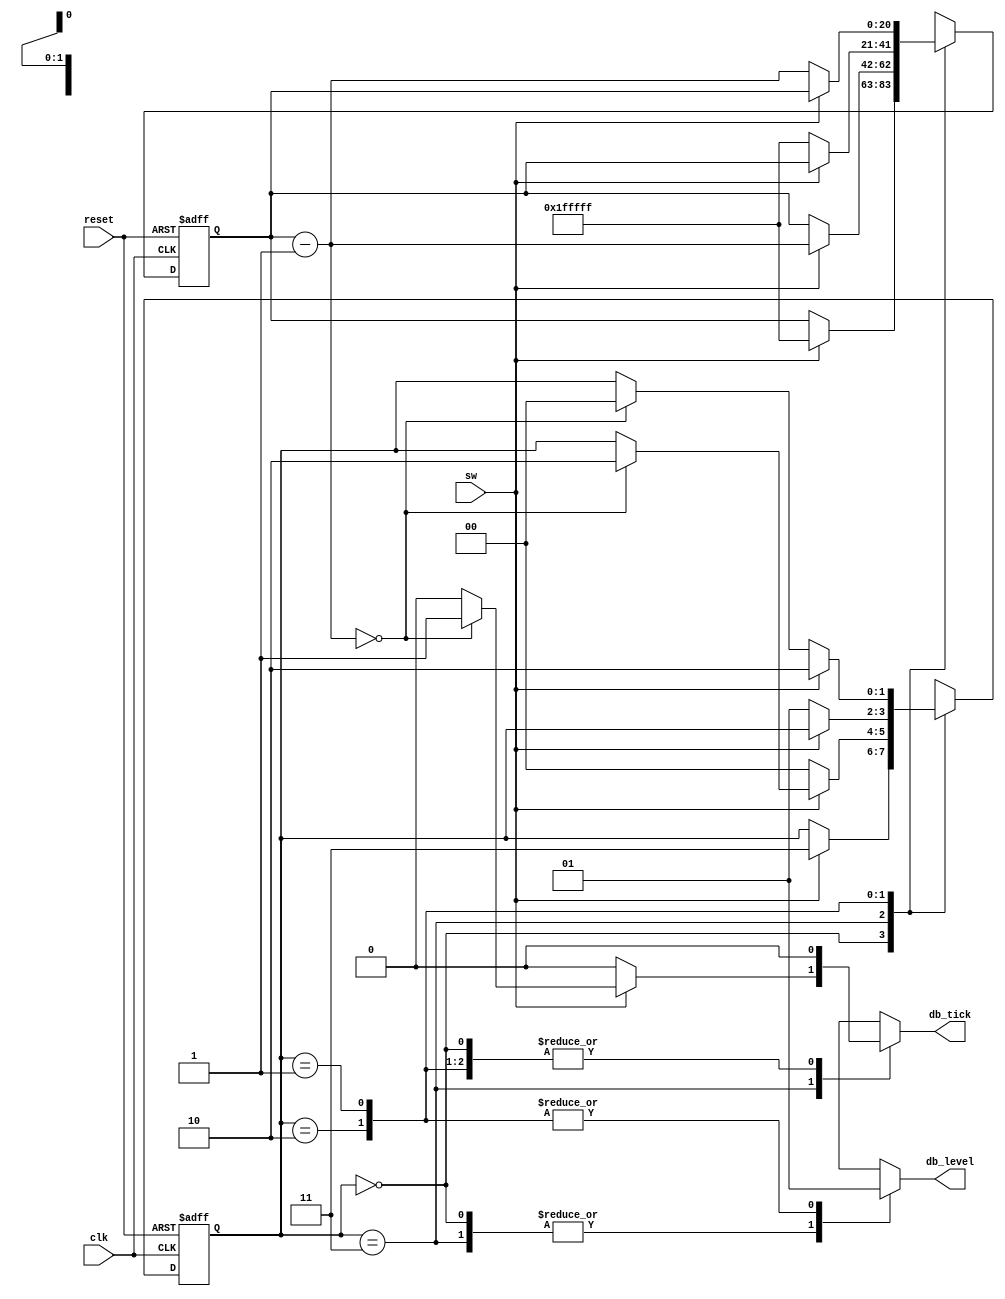
// Created by Jeevaka Dassanayake on 5/27/18.
//   Copyright (c) 2018 Jeevaka Dassanayake.

// Listing 4.21
module Debounce( input wire clk, reset, input wire sw, output reg db_level, db_tick );

   // symbolic state declaration
   localparam  [1:0]
               zero  = 2'b00,
               wait0 = 2'b01,
               one   = 2'b10,
               wait1 = 2'b11;

   // number of counter bits (2^N * 20ns = 40ms)
   localparam N=21;

   // signal declaration
   reg [N-1:0] q_reg, q_next;
   reg [1:0] state_reg, state_next;

   // body
   // fsmd state & data registers
    always @(posedge clk, posedge reset)
       if (reset)
          begin
             state_reg <= zero;
             q_reg <= 0;
          end
       else
          begin
             state_reg <= state_next;
             q_reg <= q_next;
          end

   // next-state logic & data path functional units/routing
   always @*
   begin
      state_next = state_reg;   // default state: the same
      q_next = q_reg;           // default q: unchnaged
      db_tick = 1'b0;           // default output: 0
      case (state_reg)
         zero:
            begin
               db_level = 1'b0;
               if (sw)
                  begin
                     state_next = wait1;
                     q_next = {N{1'b1}}; // load 1..1
                  end
            end
         wait1:
            begin
               db_level = 1'b0;
               if (sw)
                  begin
                     q_next = q_reg - 1;
                     if (q_next==0)
                        begin
                           state_next = one;
                           db_tick = 1'b1;
                        end
                  end
               else // sw==0
                  state_next = zero;
            end
         one:
            begin
               db_level = 1'b1;
               if (~sw)
                  begin
                     state_next = wait0;
                     q_next = {N{1'b1}}; // load 1..1
                  end
            end
         wait0:
            begin
               db_level = 1'b1;
               if (~sw)
                  begin
                     q_next = q_reg - 1;
                     if (q_next==0)
                        state_next = zero;
                  end
               else // sw==1
                  state_next = one;

            end
         default: state_next = zero;
      endcase
   end

endmodule